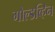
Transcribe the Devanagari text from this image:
गोल्डव्हिन